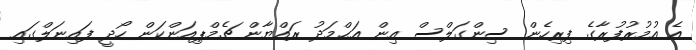
އެ އުމުރުފުރާގެ ފިރިހެން ސިންގަލްސް އިން އަޙްމަދު ރައްޔާން ޗެމްޕިއަންކަން ހޯދީ ފައިނަލްގައި